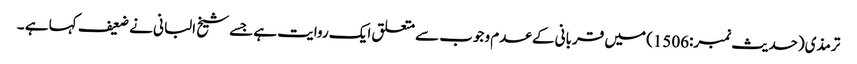
ترمذی(حدیث نمبر:1506) میں قربانی کے عدم وجوب سے متعلق ایک روایت ہے جسے شیخ البانی نے ضعیف کہا ہے ۔